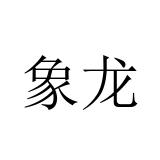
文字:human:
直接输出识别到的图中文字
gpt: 象龙